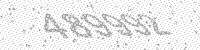
Solution: 489992